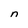
Character: n